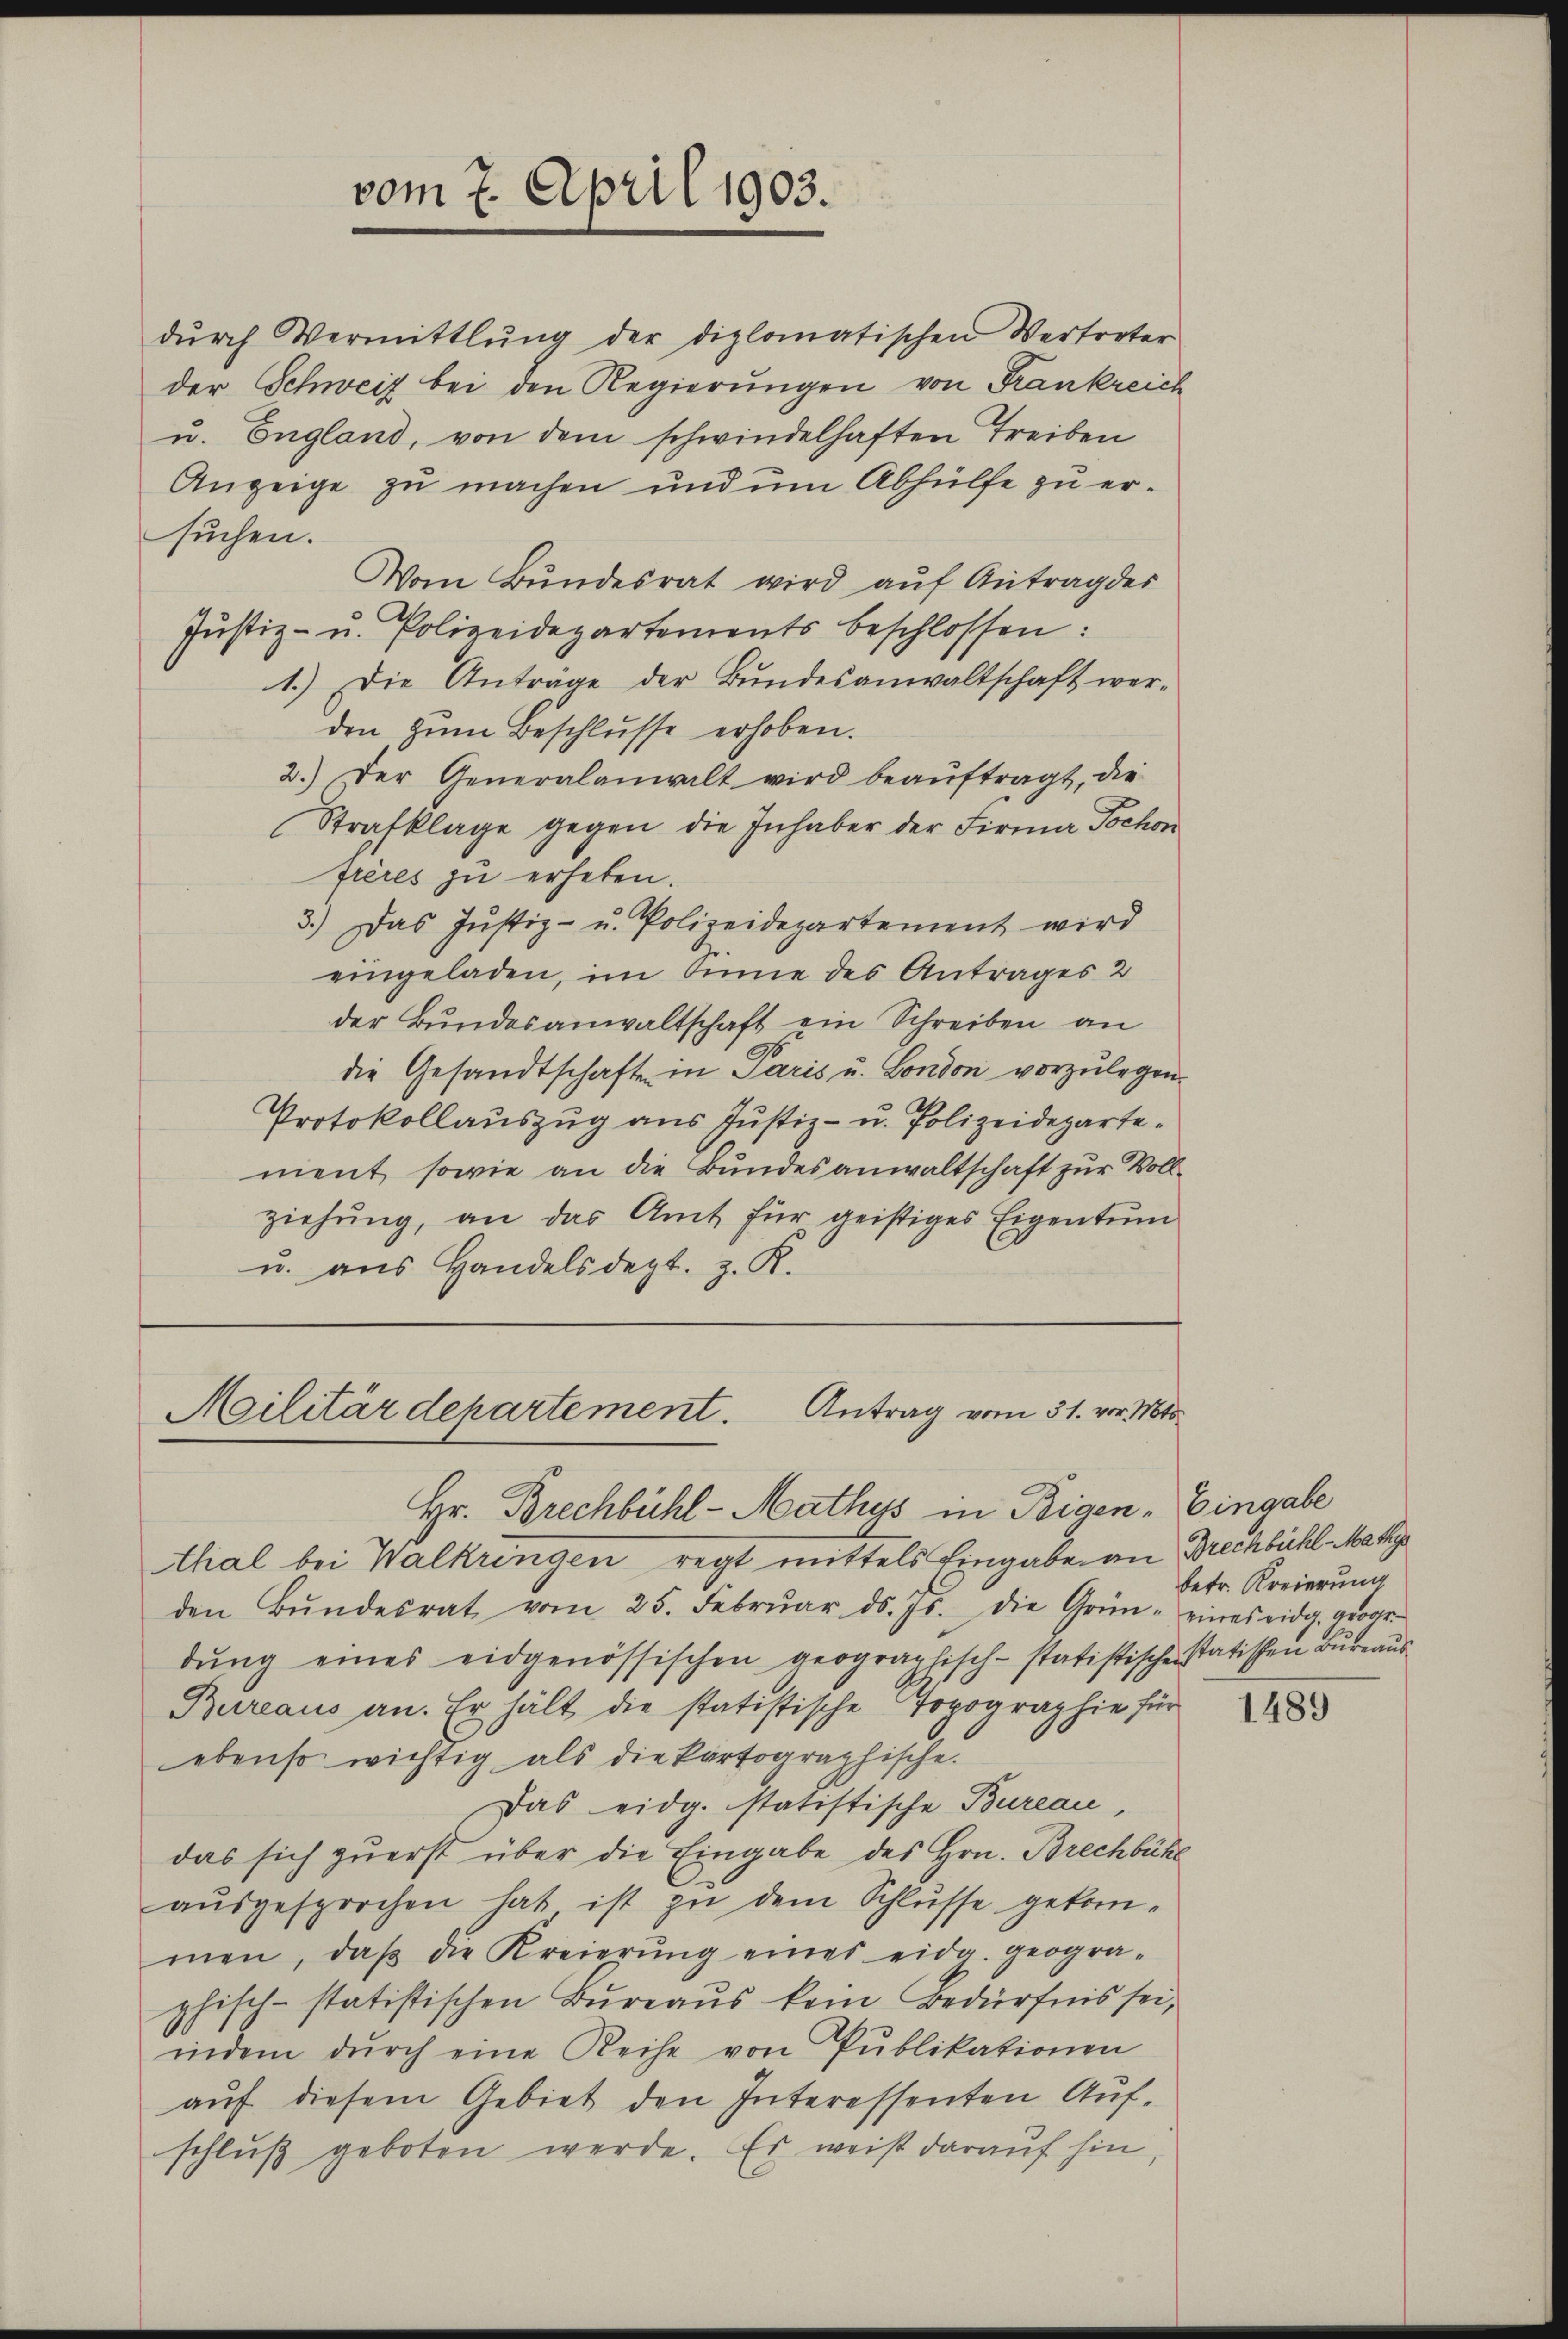
vom 7. April 1903.

dŭrch Vermittlung der diplomatischen Vertreter
der Schweiz bei den Regierungen von Frankreich
u. England, von dem schwindelhaften Treiben
Anzeige zu machen und um Abhülfe zu ersuchen.
Vom Bundesrat wird auf Antrag des
Justiz- u. Polizeidepartements beschlossen:
1.) Die Anträge der Bŭndesanwaltschaft wer-
den zum Beschlusse erhoben.
2.) Der Generalanwalt wird beaŭftragt, die
Strafklage gegen die Inhaber der Firma Tochon
frères zu erheben.
3.) Das Jŭstiz- u. Polizeidepartement wird
eingeladen, im Sinne des Antrages 2
der Bundesanwaltschaft ein Schreiben an
die Gesandtschaft in Paris u. London vorzulegen.
Protokollauszug aus Justiz- u. Polizeidepartement, sowie an die Bundesanwaltschaft zur Vollziehung, an das Amt für geistiges Eigentum
u. aus Handelsdept. z. K.

Militärdepartement. Antrag vom 31. vor. Mts.
Hr. Brechbühl-Mathys in Rigen - Eingabe

thal bei Walkringen regt mittels Eingabe an Brechbühl Mattige
den Bŭndesrat vom 25. Febrŭar d. Js. die Grün- eines eidg. geogr
dŭng eines eidgenössischen geographisch-statistischen statischen Bureaus
Bureaus an. Er hält die statistische Topographie für
ebenso wichtig als die Partographische.
Das eidg. statistische Bureau,
das sich zuerst über die Eingabe des Hrn. Brechbühl
aŭsgesprochen hat ist zŭ dem Schlŭsse gekom-
men, daβ die Kreierŭng eines eidg. geogra-
phisch-statistischen Bureaus kein Bedürfnis sei,
indem dŭrch eine Reihe von Publikationen
aŭf diesem Gebiet den Interessenten Aufschlŭβ geboten werde. Es weiß darauf hin,

betr. Kreierung

1489